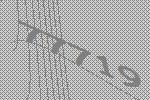
77719